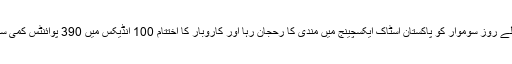
کاروباری ہفتے کے پہلے روز سوموار کو پاکستان اسٹاک ایکسچینج میں مندی کا رحجان رہا اور کاروبار کا اختتام 100 انڈیکس میں 390 پوائنٹس کمی سے 36901 پر ہوا تھا۔